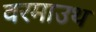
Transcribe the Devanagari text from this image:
वरमाउथ